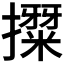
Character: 𭢳